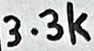
Text: 3.3k